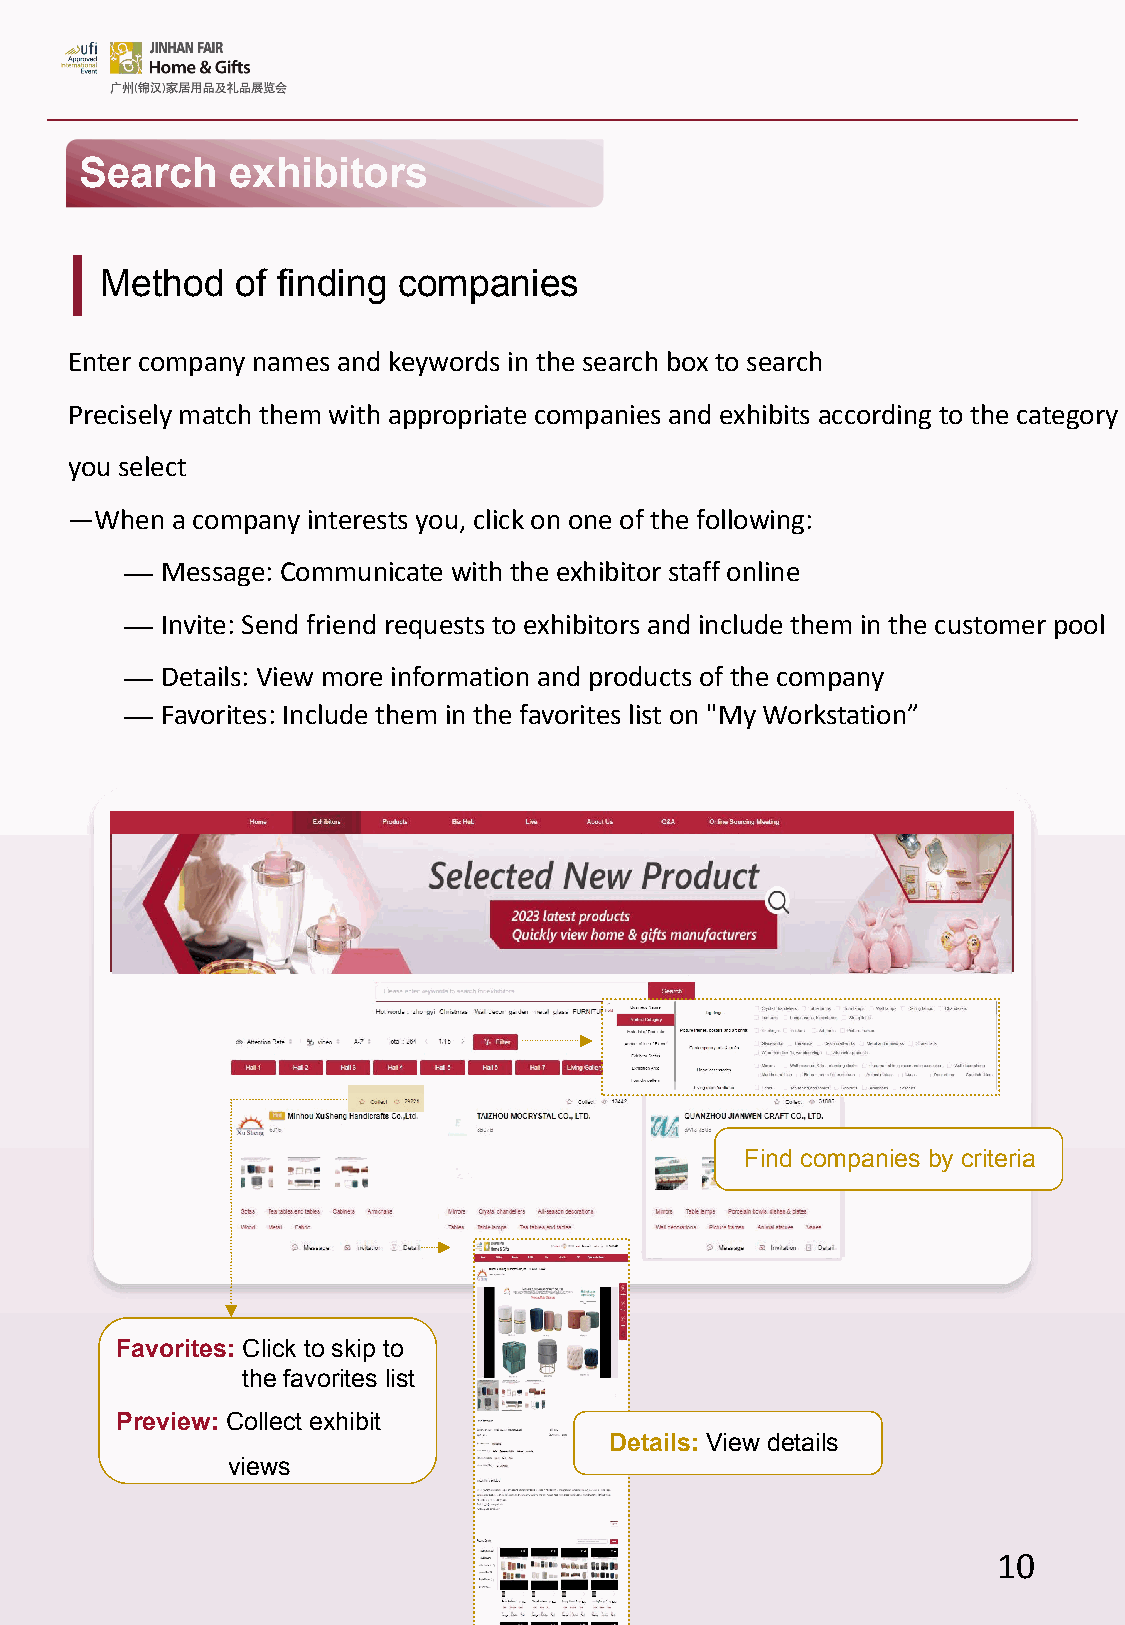
Search    exhibitors
 Method   of finding companies
 Enter company names and keywords in the search box to search
 Precisely match them with appropriate companies and exhibits according to the category
 you select
 —When  a company interests you, click on one of the following:
 —  Message: Communicate with the exhibitor staff online
 —  Invite: Send friend requests to exhibitors and include them in the customer pool
 —  Details: View more information and products of the company
 —  Favorites: Include them in the favorites list on "My Workstation”
 Find companies by criteria
 Favorites: Click to skip to
 the favorites list
 Preview: Collect exhibit
 Details: View details
 views
 10